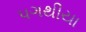
પગથીયા